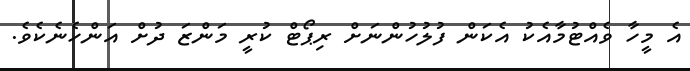
އެ މީހާ ވެއްޓުމާއެކު އެކަން ފުލުހުންނަށް ރިޕޯޓް ކުރީ މަންޒަ ދުށް އަންހެނެކެވެ.